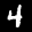
Label: 4